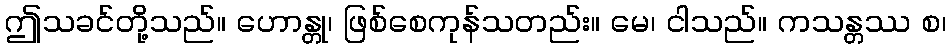
ဤသခင်တို့သည်။ ဟောန္တု၊ ဖြစ်စေကုန်သတည်း။ မေ၊ ငါသည်။ ကသန္တဿ စ၊